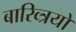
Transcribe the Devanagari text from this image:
बारिव्त्रयों